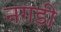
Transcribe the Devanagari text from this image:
नगड़ी